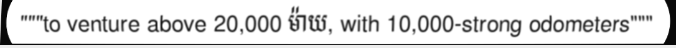
"""to venture above 20,000 ម៉ាយ, with 10,000-strong odometers"""